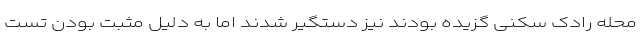
محله رادک سکنی گزیده بودند نیز دستگیر شدند اما به دلیل مثبت بودن تست